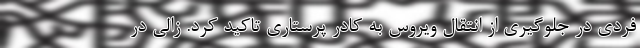
فردی در جلوگیری از انتقال ویروس به کادر پرستاری تاکید کرد. زالی در